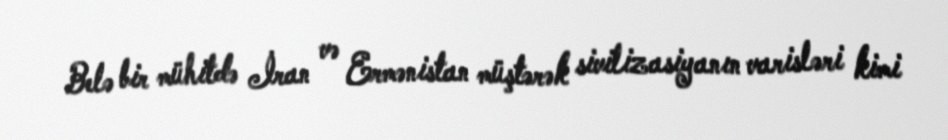
Belə bir mühitdə İran və Ermənistan müştərək sivilizasiyanın varisləri kimi